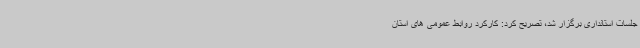
جلسات استانداری برگزار شد، تصریح کرد: کارکرد روابط عمومی های استان